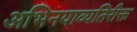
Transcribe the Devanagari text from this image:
अभिनयाव्यतिरीक्त